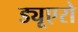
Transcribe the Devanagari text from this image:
ड्यूएरो